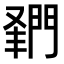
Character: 𨴦